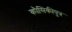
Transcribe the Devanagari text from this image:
कौसिकीपुत्र